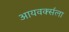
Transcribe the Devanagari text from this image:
आयवर्क्सला